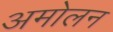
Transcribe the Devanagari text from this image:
अमोलन